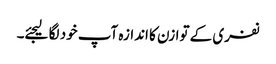
نفری کے توازن کا اندازہ آپ خود لگا لیجئے۔